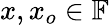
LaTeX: x,x_{o}\in\mathbb{F}